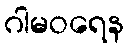
ဂါမဝရေန